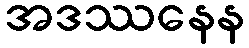
အဒဿနေန